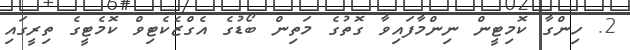
2. ހިންގާ ކޮމިޓީން ނިންމާފައިވާ ގޮތުގެ މަތިން ބޯޑުގެ އެގްޒެކެޓިވް ކޮމެޓީގެ ތިރީގައި